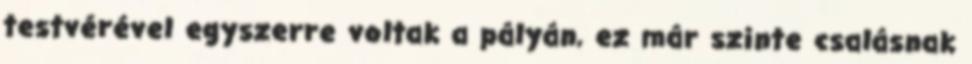
testvérével egyszerre voltak a pályán, ez már szinte csalásnak